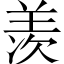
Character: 羡